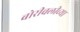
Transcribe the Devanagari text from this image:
बोरीवलीच्या